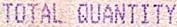
TOTAL QUANTITY